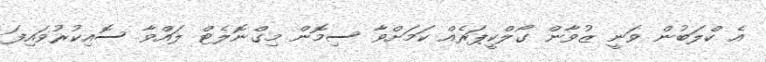
އެ ކްލަބުން ވަނީ ޒުވާން ގޯލްކީޕަރެއް ކަމަށްވާ ސިމޮން މިގްނޮލެޓް ލައްވާ ސޮއިކުރުވައިފަ